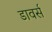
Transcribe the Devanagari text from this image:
डावर्स